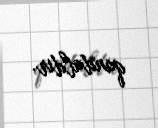
qandaldır.